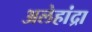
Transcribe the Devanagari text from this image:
अलेहांद्रा